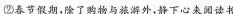
② 春节假期，除了购物与旅游外，静下心来阅读书